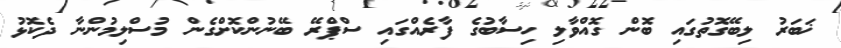
ޚަބަރު ލިބޭގޮތުގައި ބޮން ގޮއްވާލި ހިސާބުގެ ފާރެއްގައި ސްޕްރޭ ބޭނުންކޮށްގެން މުސްލިމުންނާ ދެކޮޅު